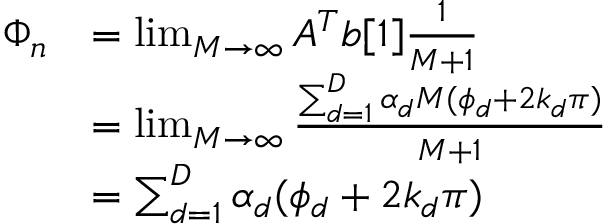
\begin{array} { r l } { \Phi _ { n } } & { = \operatorname* { l i m } _ { M \rightarrow \infty } A ^ { T } b [ 1 ] \frac { 1 } { M + 1 } } \\ & { = \operatorname* { l i m } _ { M \rightarrow \infty } \frac { \sum _ { d = 1 } ^ { D } \alpha _ { d } M ( \phi _ { d } + 2 k _ { d } \pi ) } { M + 1 } } \\ & { = \sum _ { d = 1 } ^ { D } \alpha _ { d } ( \phi _ { d } + 2 k _ { d } \pi ) } \end{array}